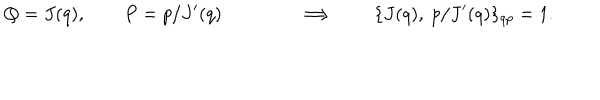
Q = J ( q ) , \qquad P = p / J ^ { \prime } ( q ) \qquad \qquad \Longrightarrow \qquad \{ J ( q ) , ~ p / J ^ { \prime } ( q ) \} _ { q p } = 1 .